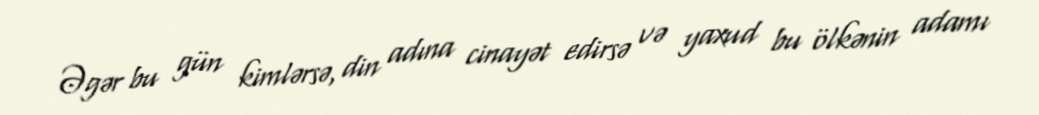
Əgər bu gün kimlərsə, din adına cinayət edirsə və yaxud bu ölkənin adamı